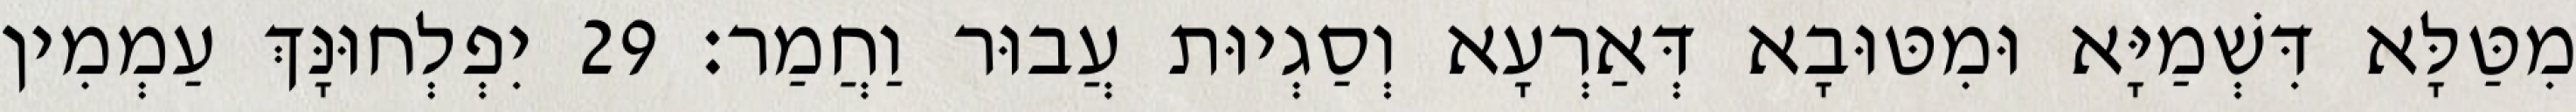
מִטַּלָּא דִּשְׁמַיָּא וּמִטּוּבָא דְּאַרְעָא וְסַגְיוּת עֲבוּר וַחֲמַר׃ 29 יִפְלְחוּנָּךְ עַמְמִין